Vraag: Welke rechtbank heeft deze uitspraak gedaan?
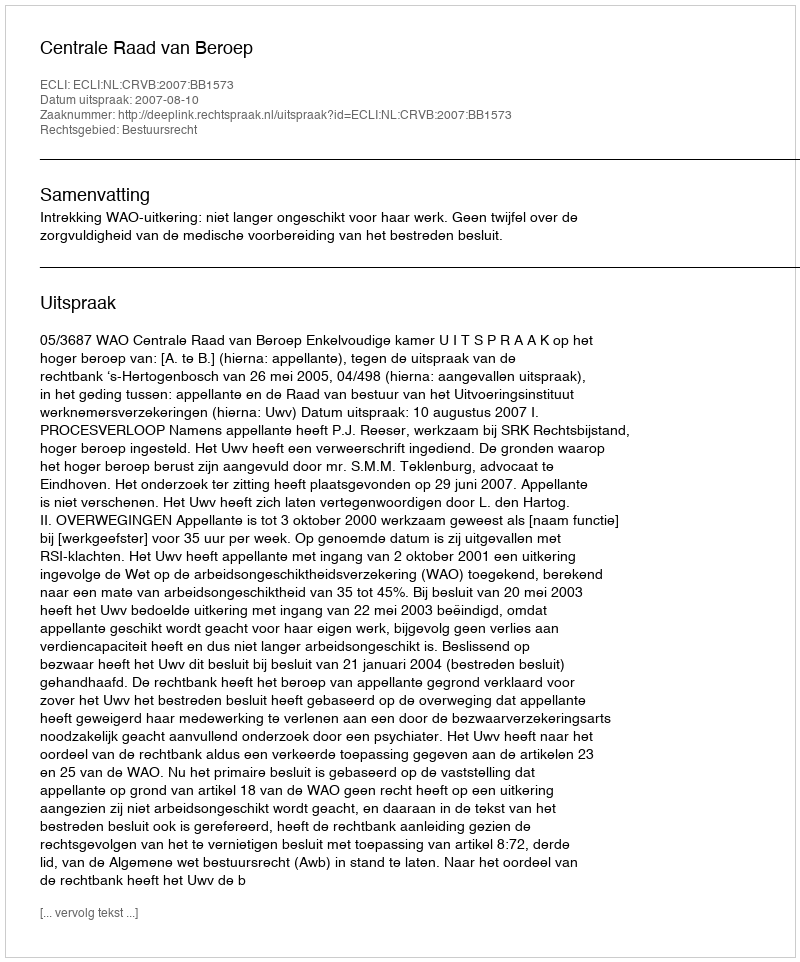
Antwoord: Centrale Raad van Beroep